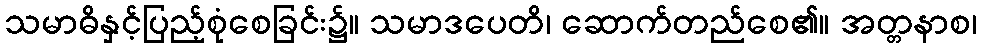
သမာဓိနှင့်ပြည့်စုံစေခြင်း၌။ သမာဒပေတိ၊ ဆောက်တည်စေ၏။ အတ္တနာစ၊